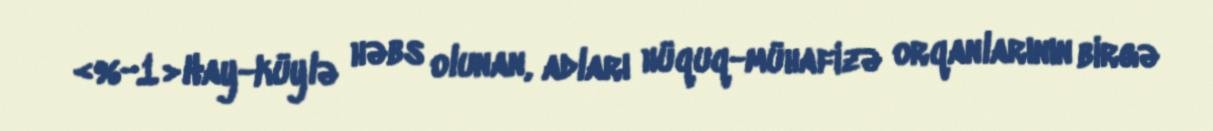
<%-1>Hay-küylə həbs olunan, adları hüquq-mühafizə orqanlarının birgə